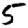
Digit: 5